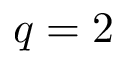
q = 2